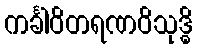
ကင်္ခါဝိတရဏဝိသုဒ္ဓိ